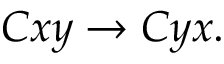
C x y \rightarrow C y x .